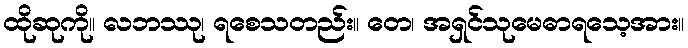
ထိုဆုကို။ လဘဿု၊ ရစေသတည်း။ တေ၊ အရှင်သုမေဓာရသေ့အား။